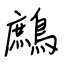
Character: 鷓